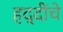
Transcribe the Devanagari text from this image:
हद्दींचे